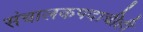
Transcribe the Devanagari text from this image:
संचालकपदाचीही